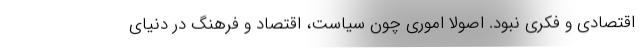
اقتصادی و فکری نبود. اصولاً اموری چون سیاست، اقتصاد و فرهنگ در دنیای